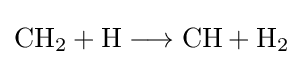
{\mathrm {CH} {\vphantom {A}}_{\smash[{t}]{2}}{}+{}\mathrm {H} {}\mathrel {\longrightarrow } {}\mathrm {CH} {}+{}\mathrm {H} {\vphantom {A}}_{\smash[{t}]{2}}}